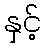
နှင့်